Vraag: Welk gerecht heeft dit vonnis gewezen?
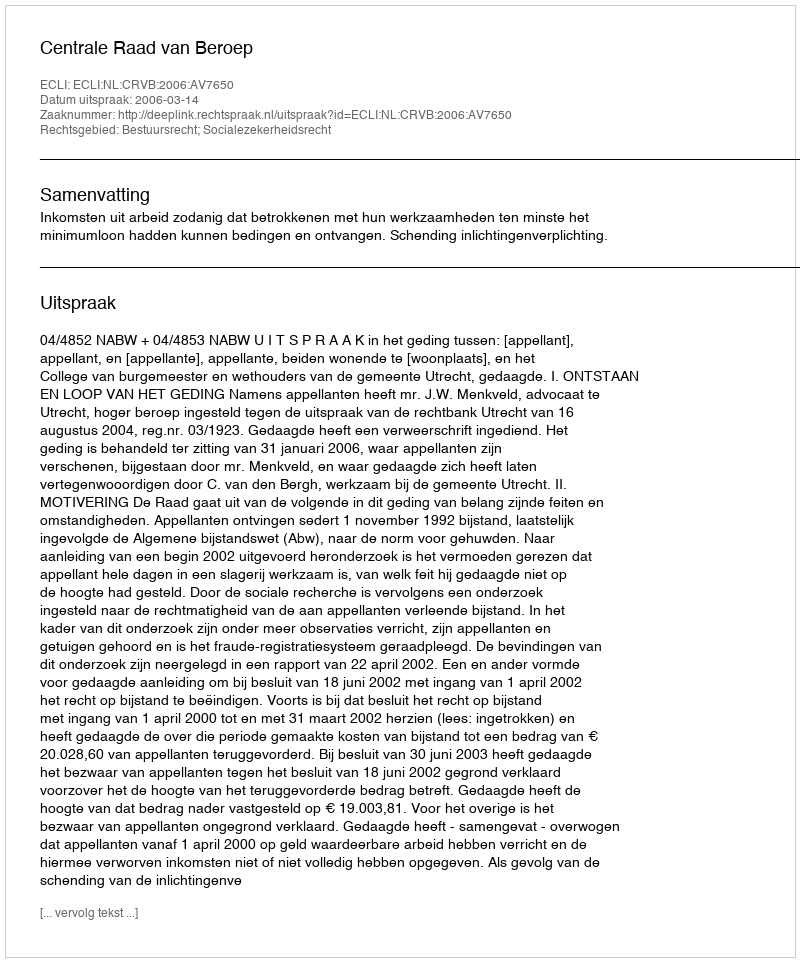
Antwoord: Centrale Raad van Beroep